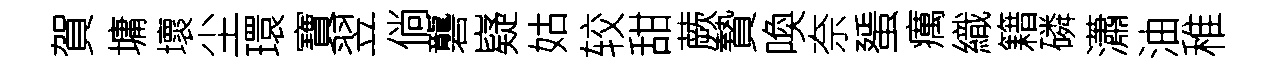
賀墉壞尘環寶翌倘礱嶷姑较甜蕨贄喚奈蜑癘織籍磷瀟油稚